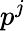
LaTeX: p^{j}